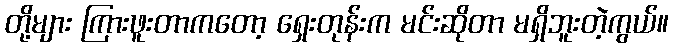
တို့များ ကြားဖူးတာကတော့ ရှေးတုန်းက မင်းဆိုတာ မရှိဘူးတဲ့ကွယ်။